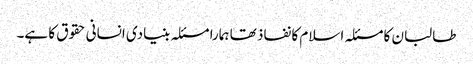
طالبان کا مسئلہ اسلام کا نفاذ تھا ہمارا مسئلہ بنیادی انسانی حقوق کا ہے۔